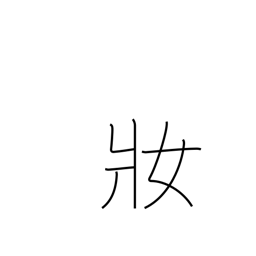
Meaning: dress up